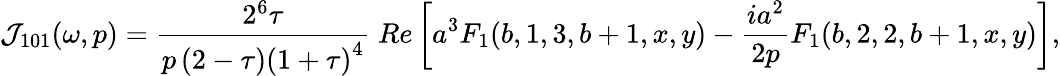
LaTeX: {\cal J}_{101}(\omega,p)=\frac{2^{6}\tau}{p\, (2-\tau){(1+\tau)}^{4}}\; Re\left[a^{3}F_{1}(b,1,3,b+1,x,y)-\frac{ia^{2}}{2p}F_{1}(b,2,2,b+1,x,y)\right],